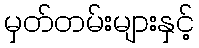
မှတ်တမ်းများနှင့်